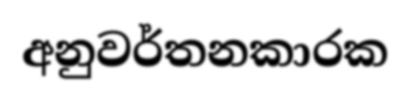
අනුවර්තනකාරක